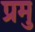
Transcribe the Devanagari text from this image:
प्रमु